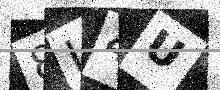
Text: 8I4U